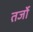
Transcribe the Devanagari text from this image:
तर्जो